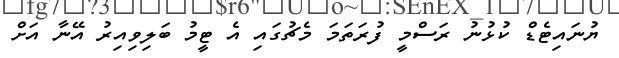
ޔުނައިޓެޑް ކުޅުނު ރަސްމީ ފުރަތަމަ މެޗުގައި އެ ޓީމު ބަލިވިއިރު އޭނާ އަށް